Report of the King Institute of Preventive Medicine, Guindy
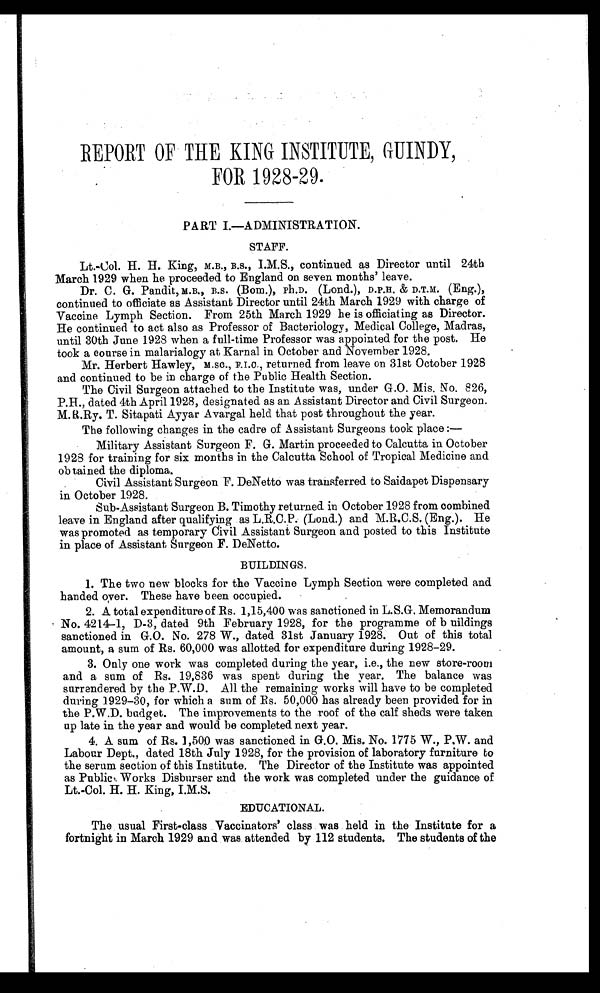
REPORT OF THE KING INSTITUTE, GUINDY,
FOR 1928-29.
PART I.—ADMINISTRATION.
STAFF.
Lt.-Col. H. H. King, M.B., B.S., I.M.S., continued as Director until 24th
March 1929 when he proceeded to England on seven months' leave.
Dr. C. G. Pandit, M.B., B.S. (Bom.), Ph.D. (Lond.), D.P.H. & D.T.M. (Eng.),
continued to officiate as Assistant Director until 24th March 1929 with charge of
Vaccine Lymph Section. From 25th March 1929 he is officiating as Director.
He continued to act also as Professor of Bacteriology, Medical College, Madras,
until 30th June 1928 when a full-time Professor was appointed for the post. He
took a course in malarialogy at Karnal in October and November 1928.
Mr. Herbert Hawley, M.SC., F.I.C., returned from leave on 31st October 1928
and continued to be in charge of the Public Health Section.
The Civil Surgeon attached to the Institute was, under G.O. Mis. No. 826,
P.H., dated 4th April 1928, designated as an Assistant Director and Civil Surgeon.
M. R.Ry. T. Sitapati Ayyar Avargal held that post throughout the year.
The following changes in the cadre of Assistant Surgeons took place :
—
Military Assistant Surgeon F. G. Martin proceeded to Calcutta in October
1928 for training for six months in the Calcutta School of Tropical Medicine and
obtained the diploma.
Civil Assistant Surgeon F. DeNetto was transferred to Saidapet Dispensary
in October 1928.
Sub-Assistant Surgeon B. Timothy returned in October 1928 from combined
leave in England after qualifying as L.R.C.P. (Lond.) and M.R.C.S. (Eng.). He
was promoted as temporary Civil Assistant Surgeon and posted to this Institute
in place of Assistant Surgeon F. DeNetto.
BUILDINGS.
1. The two new blocks for the Vaccine Lymph Section were completed and
handed over. These have been occupied.
2. A total expenditure of. Rs. 1,15,400 was sanctioned in L.S.G. Memorandum
No. 4214-1, D-3, dated 9th February 1928, for the programme of b uildings
sanctioned in G.O. No. 278 W., dated 31st January 1928. Out of this total
amount, a sum of Rs. 60,000 was allotted for expenditure during 1928-29.
3. Only one work was completed during the year, i.e., the new store-room
and a sum of Rs. 19,836 was spent during the year. The balance was
surrendered by the P.W.D. All the remaining works will have to be completed
during 1929-30, for which a sum of Rs. 50,000 has already been provided for in
the P.W.D. budget. The improvements to the roof of the calf sheds were taken
up late in the year and would be completed next year.
4. A sum of Rs. 1,500 was sanctioned in G.O. Mis. No. 1775 W., P.W. and
Labour Dept., dated 18th July 1928, for the provision of laboratory furniture to
the serum section of this Institute. The Director of the Institute was appointed
as Public Works Disburser and the work was completed under the guidance of
Lt.-Col. H. H. King, I.M.S.
EDUCATIONAL.
The usual First-class Vaccinators' class was held in the Institute for a
fortnight in March 1929 and was attended by 112 students. The students of the